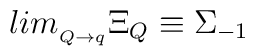
lim_{_{Q\rightarrow q}}\Xi _Q\equiv \Sigma _{-1}